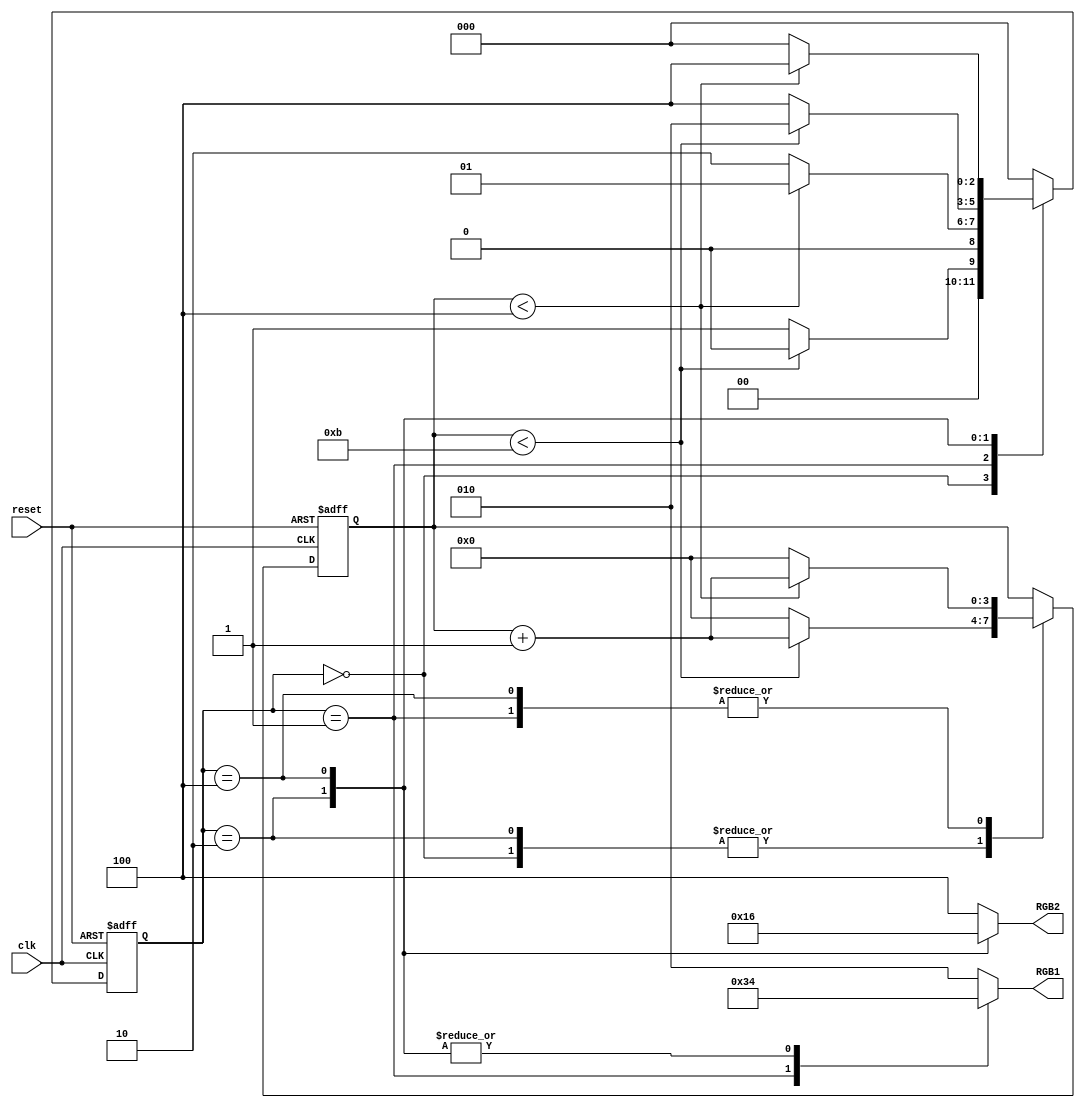
`timescale 1ns / 1ps
//////////////////////////////////////////////////////////////////////////////////
// Company: 
// Engineer: 
// 
// Design Name: 
// Module Name: RGB_lights
// Project Name: 
// Target Devices: 
// Tool Versions: 
// Description: 
// 
// Dependencies: 
// 
// Revision:
// Revision 0.01 - File Created
// Additional Comments:
// 
//////////////////////////////////////////////////////////////////////////////////


module RGB_lights( 
input wire clk,
input wire reset,
output reg [2:0] RGB1,
output reg [2:0] RGB2
);
reg [2:0] state;
reg [3:0] counter;

parameter A1 = 3'b000, A2 =3'b001, A3 = 3'b010, B2 = 3'b100;  // stages 
parameter t1 =4'b1011, t2 =4'b0100; // timers sec

always @(posedge clk or posedge reset) 
    begin 
        if (reset == 1)
    begin 
     state <= A1; 
     counter <= 0;
    end
 else 
case(state)
  // Road A vs. Road B 
  
 A1:                              // A GREEN B RED
  if(counter < t1)
   begin 
   state <= A1; 
   counter <= counter + 1; 
    end 
    else 
    begin 
    state <= A2; 
    counter <=0;
     end 
   
 A2:                          // A YELLOW B RED
  if(counter < t2)
      begin 
      state <= A2; 
       counter <=counter+1;
     
      end 
      else 
      begin state <= A3;
      counter <=0;
    
       end 
  
 A3:                      //A RED B GREEN 
  if(counter < t1)
   begin 
   state <= A3; counter <= counter + 1;
    end 
    else 
    begin state <= B2; 
    counter <=0;
     end 
                                           
 B2:                      // A RED B YELLOW
  if(counter < t2)
   begin 
   state <= B2; counter <= counter + 1;
    end 
    else 
    begin state <= A1; 
    counter <=0;
     end 
     
 default state <= A1;
 endcase 
 end 
                 
always @(*) 
 begin 
 case(state)
 A1: 
    begin
    RGB1 = 3'b010;
    RGB2 = 3'b100; 
    end             // A green B red 
 A2: 
      begin
      RGB1 = 3'b110;
      RGB2 = 3'b100;
         
      end                 // yellow red
 A3: 
      begin
      RGB1 = 3'b100;
      RGB2 =3'b010;
      end
                           // red green
 B2:
      begin
       RGB1 = 3'b100; 
       RGB2 =3'b110; 
       
       end   
                    // red yellow   
 default: 
      begin
       RGB1 = 3'b010;
       RGB2 = 3'b100;
      end
      
 endcase
  end
 endmodule